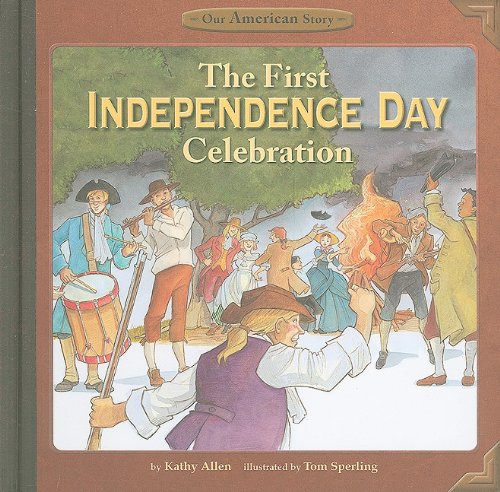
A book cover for The First Independence Day Celebration (Our American Story); Kathy Allen; Children's Books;